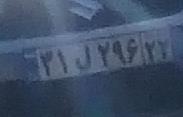
۳۱ل۲۹۶۲۲